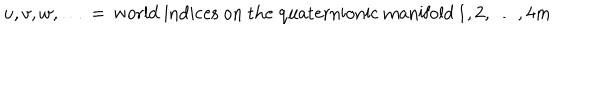
LaTeX: u , v , w , \dots \, = \, \mathrm { w o r l d ~ i n d i c e s ~ o n ~ t h e ~ q u a t e r n i o n i c ~ m a n i f o l d } \, 1 , 2 , \dots , 4 m